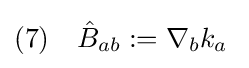
(7)\quad {\hat {B}}_{ab}:=\nabla _{b}k_{a}\;